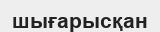
шығарысқан